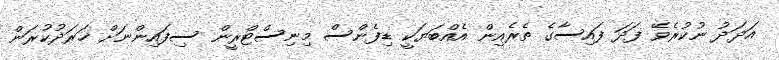
އަދަދު ނުކުރެވޭ ފަދަ ފައިސާގެ ތެރެއިން އެއްބަޔަކީ ޑިފެންސް މިނިސްޓްރީން ސިފައިންނަށް ޚަރަދުކުރަން